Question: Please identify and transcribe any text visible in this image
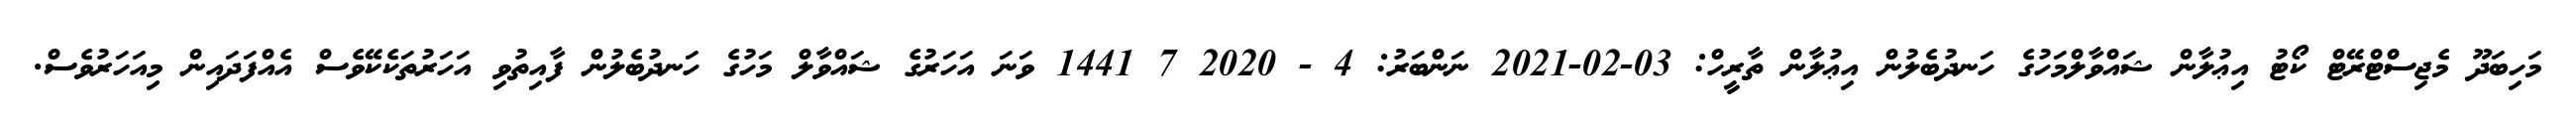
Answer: މަހިބަދޫ މެޖިސްޓްރޭޓް ކޯޓު އިޢުލާން ޝައްވާލްމަހުގެ ހަނދުބެލުން އިޢުލާން ތާރީހް: 03-02-2021 ނަންބަރު: 4 - 2020 7 1441 ވަނަ އަހަރުގެ ޝައްވާލް މަހުގެ ހަނދުބެލުން ފާއިތުވި އަހަރުތަކެކޭވެސް އެއްފަދައިން މިއަހަރުވެސް.